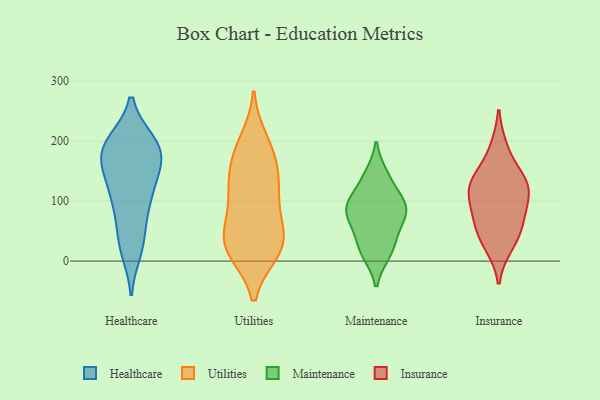
{"axis": {"x": "Revenue (USD Million)", "y": "Value"}, "legend": ["Healthcare", "Insurance", "Maintenance", "Utilities"], "data": [{"x": "", "y": 197, "type": "Healthcare"}, {"x": "", "y": 186, "type": "Healthcare"}, {"x": "", "y": 129, "type": "Healthcare"}, {"x": "", "y": 42, "type": "Healthcare"}, {"x": "", "y": 137, "type": "Healthcare"}, {"x": "", "y": 177, "type": "Healthcare"}, {"x": "", "y": 86, "type": "Healthcare"}, {"x": "", "y": 27, "type": "Healthcare"}, {"x": "", "y": 102, "type": "Healthcare"}, {"x": "", "y": 102, "type": "Healthcare"}, {"x": "", "y": 196, "type": "Healthcare"}, {"x": "", "y": 19, "type": "Healthcare"}, {"x": "", "y": 190, "type": "Healthcare"}, {"x": "", "y": 192, "type": "Healthcare"}, {"x": "", "y": 167, "type": "Healthcare"}, {"x": "", "y": 156, "type": "Healthcare"}, {"x": "", "y": 138, "type": "Utilities"}, {"x": "", "y": 174, "type": "Utilities"}, {"x": "", "y": 133, "type": "Utilities"}, {"x": "", "y": 18, "type": "Utilities"}, {"x": "", "y": 17, "type": "Utilities"}, {"x": "", "y": 30, "type": "Utilities"}, {"x": "", "y": 87, "type": "Utilities"}, {"x": "", "y": 200, "type": "Utilities"}, {"x": "", "y": 22, "type": "Utilities"}, {"x": "", "y": 39, "type": "Utilities"}, {"x": "", "y": 182, "type": "Utilities"}, {"x": "", "y": 89, "type": "Utilities"}, {"x": "", "y": 42, "type": "Utilities"}, {"x": "", "y": 127, "type": "Utilities"}, {"x": "", "y": 31, "type": "Maintenance"}, {"x": "", "y": 89, "type": "Maintenance"}, {"x": "", "y": 144, "type": "Maintenance"}, {"x": "", "y": 71, "type": "Maintenance"}, {"x": "", "y": 12, "type": "Maintenance"}, {"x": "", "y": 97, "type": "Maintenance"}, {"x": "", "y": 139, "type": "Maintenance"}, {"x": "", "y": 78, "type": "Maintenance"}, {"x": "", "y": 104, "type": "Maintenance"}, {"x": "", "y": 12, "type": "Maintenance"}, {"x": "", "y": 98, "type": "Maintenance"}, {"x": "", "y": 72, "type": "Maintenance"}, {"x": "", "y": 44, "type": "Maintenance"}, {"x": "", "y": 96, "type": "Insurance"}, {"x": "", "y": 26, "type": "Insurance"}, {"x": "", "y": 140, "type": "Insurance"}, {"x": "", "y": 64, "type": "Insurance"}, {"x": "", "y": 125, "type": "Insurance"}, {"x": "", "y": 121, "type": "Insurance"}, {"x": "", "y": 188, "type": "Insurance"}, {"x": "", "y": 75, "type": "Insurance"}, {"x": "", "y": 128, "type": "Insurance"}, {"x": "", "y": 41, "type": "Insurance"}]}